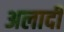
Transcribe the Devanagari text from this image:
अलादी